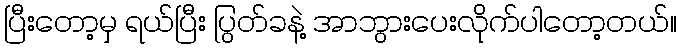
ပြီးတော့မှ ရယ်ပြီး ပြွတ်ခနဲ့ အာဘွားပေးလိုက်ပါတော့တယ်။